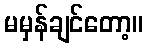
မမှန်ချင်တော့။